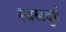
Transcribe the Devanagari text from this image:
स्थळदुर्ग